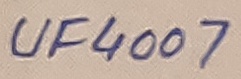
Text: UF4007